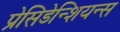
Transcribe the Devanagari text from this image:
प्रेसिडेन्शियन्स